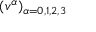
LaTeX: ( v ^ { \alpha } ) _ { \alpha = 0 , 1 , 2 , 3 }